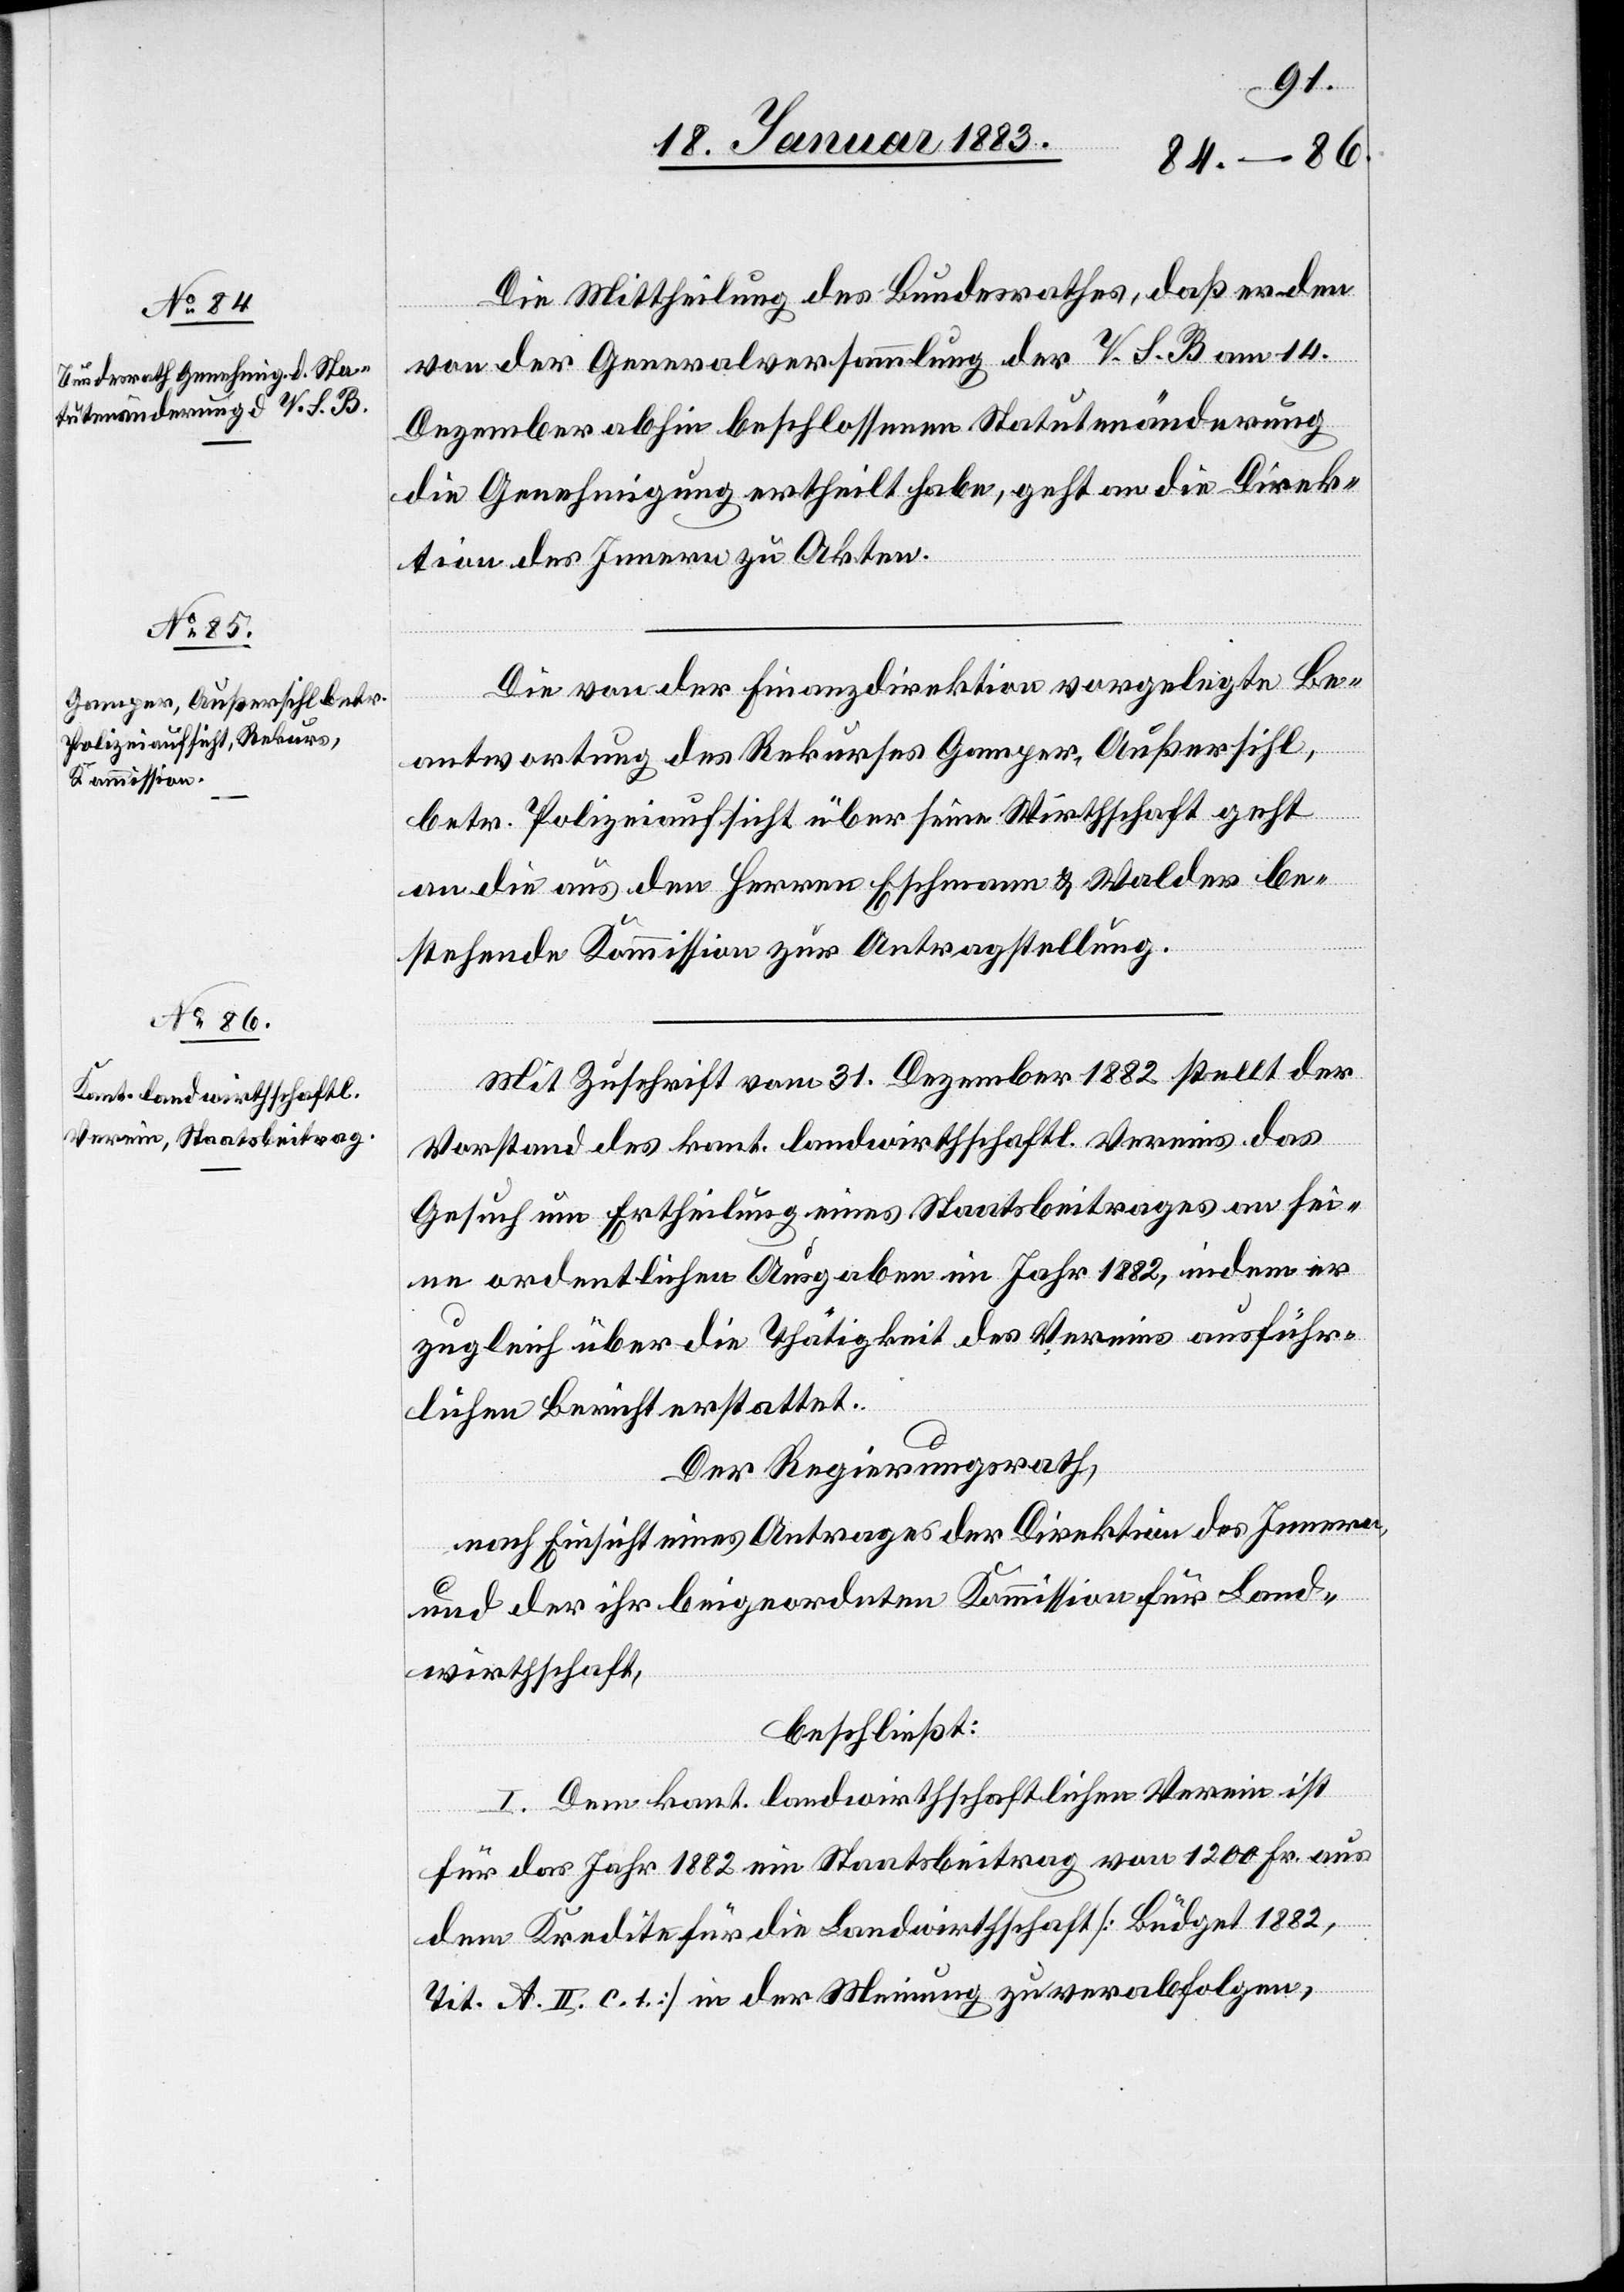
Die Mittheilung des Bundesrathes, daß er den
von der Generalversammlung der V. S. B. am 14.
Dezember abhin beschlossenen Statutenänderung
die Genehmigung ertheilt habe, geht an die Direk¬
tion des Innern zu Akten.
Die von der Finanzdirektion vorgelegte Be¬
antwortung des Rekurses Gamper, Außersihl,
betr. Polizeiaufsicht über seine Wirthschaft geht
an die aus den Herren Eschmann & Walder be¬
stehende Kommission zur Antragstellung.
Mit Zuschrift vom 31. Dezember 1882 stellt der
Vorstand des kant. landwirthschaftl. Vereins das
Gesuch um Ertheilung eines Staatsbeitrages an sei¬
ne ordentlichen Ausgaben im Jahr 1882, indem er
zugleich über die Thätigkeit des Vereins ausführ¬
lichen Bericht erstattet.
Der Regierungsrath,
nach Einsicht eines Antrages der Direktion des Innern,
und der ihr beigeordneten Kommission für Land¬
wirthschaft,
beschließt:
Dem kant. landwirthschaftlichen Verein ist
für das Jahr 1882 ein Staatsbeitrag von 1200 Fr. aus
dem Kredite für die Landwirthschaft [Büdget 1882,
Tit. A. II. c. 1.] in der Meinung zu verabfolgen,